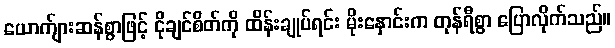
ယောက်ျားဆန်စွာဖြင့် ငိုချင်စိတ်ကို ထိန်းချုပ်ရင်း မိုးနှောင်းက တုန်ရီစွာ ပြောလိုက်သည်။